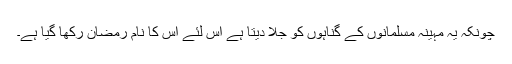
چونکہ یہ مہینہ مسلمانوں کے گناہوں کو جلا دیتا ہے اس لئے اس کا نام رمضان رکھا گیا ہے۔